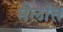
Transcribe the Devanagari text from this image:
मैलांत